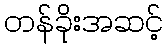
တန်ခိုးအဆင့်